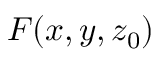
F ( x , y , z _ { 0 } )